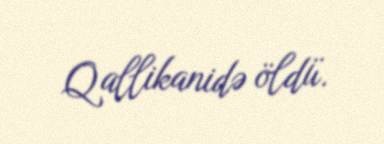
Qallikanidə öldü.